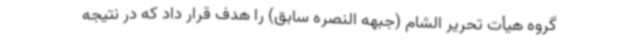
گروه هیأت تحریر الشام (جبهه النصره سابق) را هدف قرار داد که در نتیجه